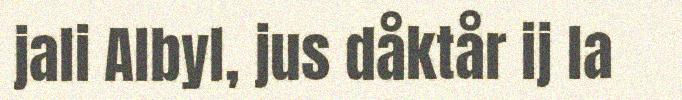
jali Albyl, jus dåktår ij la